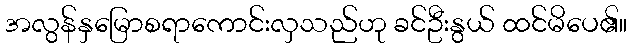
အလွန်နှမြောစရာကောင်းလှသည်ဟု ခင်ဦးနွယ် ထင်မိပေ၏။